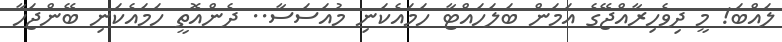
ލައްބަ! މީ ދިވެހިރާއްޖޭގެ އަމަން ބަލަހައްޓާ ހަމައެކަނި މުއަސަސާ.. ދެންއޮތީ ހަމައެކަނި ބޭންޖަހާ